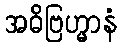
အဓိဗြဟ္မာနံ